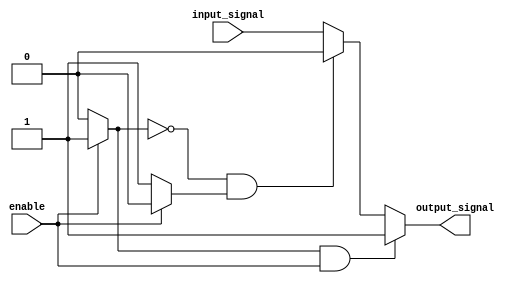
module push_pull_buffer (
  input wire enable,
  input wire input_signal,
  output reg output_signal
);

// Pull-up transistor
reg pull_up;
always @ (enable, input_signal)
begin
  if (enable)
    pull_up = 1'b1;
  else
    pull_up = 1'b0;
end

// Pull-down transistor
reg pull_down;
always @ (enable, input_signal)
begin
  if (enable)
    pull_down = 1'b0;
  else
    pull_down = 1'b1;
end

// Output signal control
always @ (pull_up, pull_down)
begin
  if (pull_up && !pull_down)
    output_signal = 1'b1;
  else if (!pull_up && pull_down)
    output_signal = 1'b0;
  else
    output_signal = input_signal;
end

endmodule